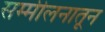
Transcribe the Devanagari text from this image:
सम्मीलनातून